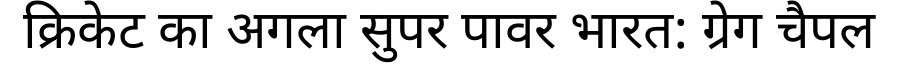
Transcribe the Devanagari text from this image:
क्रिकेट का अगला सुपर पावर भारत: ग्रेग चैपल